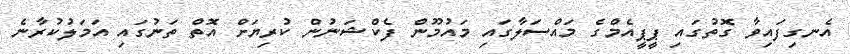
އެނގިފައިވާ ގޮތުގައި ޕީޕީއެމްގެ މައްސަލާގައި މައުމޫން ފެކްޝަނުން ކުރިޔަށް އޮތް ތަނުގައި އަމަލުކުރާނެ